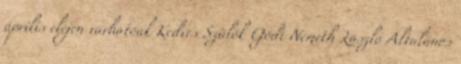
április elején várhatóak Kedves Szülők Gödi Németh László Általános